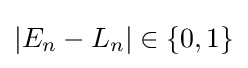
\left\vert E_{n}-L_{n}\right\vert \in \{0,1\}